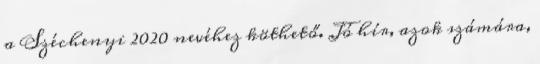
a Széchenyi 2020 nevéhez köthető. Jó hír, azok számára,